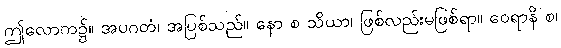
ဤလောက၌။ အပဂတံ၊ အပြစ်သည်။ နော စ သိယာ၊ ဖြစ်လည်းမဖြစ်ရာ။ ဝေရာနိ စ၊